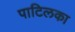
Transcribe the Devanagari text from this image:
पाटिलका